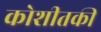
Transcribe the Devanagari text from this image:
कोशीतकी